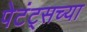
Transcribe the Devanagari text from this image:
पेटंट्सच्या